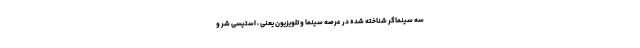
سه سینماگر شناخته شده در عرصه سینما و تلویزیون یعنی ، استیسی شِر و